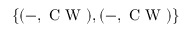
\{ ( - , \mathrm { ~ C ~ W ~ } ) , ( - , \mathrm { ~ C ~ W ~ } ) \}